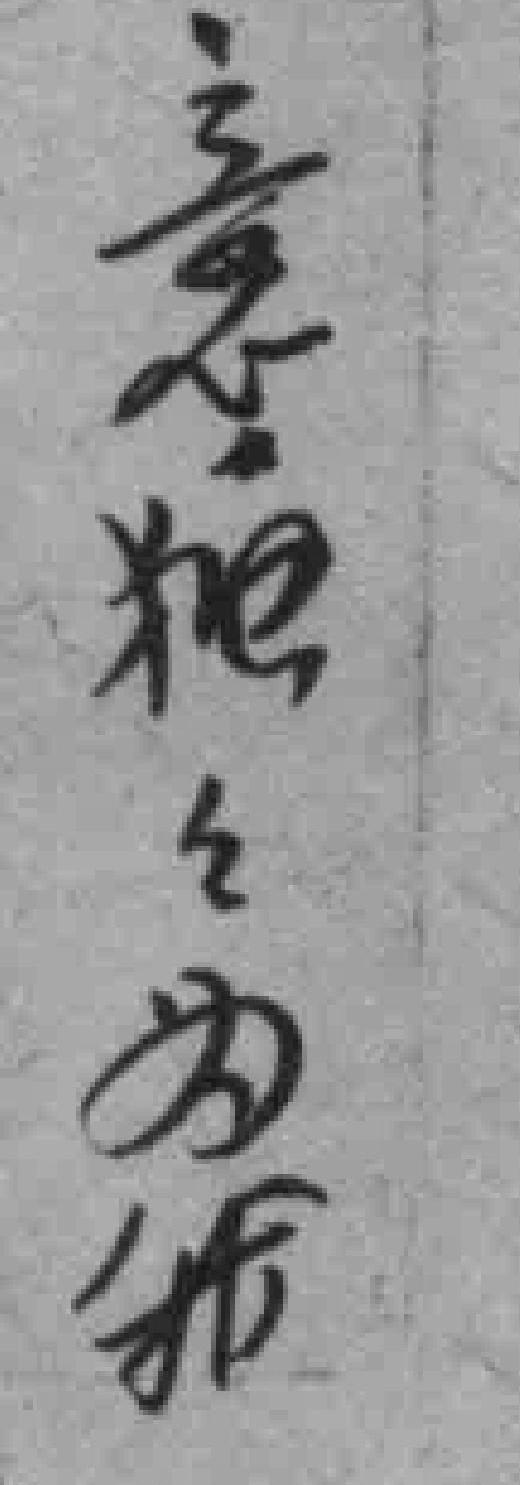
意*之为我